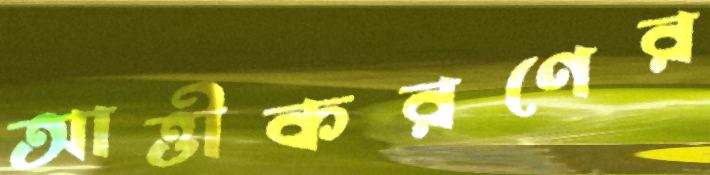
আত্তীকরণের